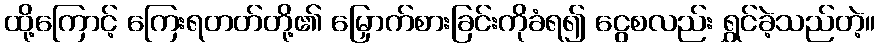
ထို့ကြောင့် ကြေးရတတ်တို့၏ မြှောက်စားခြင်းကိုခံရ၍ ငွေစလည်း ရွှင်ခဲ့သည်တဲ့။